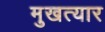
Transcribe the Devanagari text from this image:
मुखत्यार